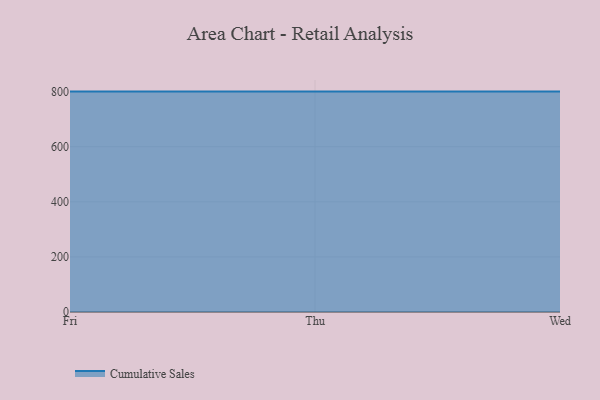
{"axis": {"x": "Day", "y": "Budget (USD K)"}, "legend": ["Cumulative Sales"], "data": [{"x": "Fri", "y": 800, "type": "Cumulative Sales"}, {"x": "Thu", "y": 800, "type": "Cumulative Sales"}, {"x": "Wed", "y": 800, "type": "Cumulative Sales"}]}